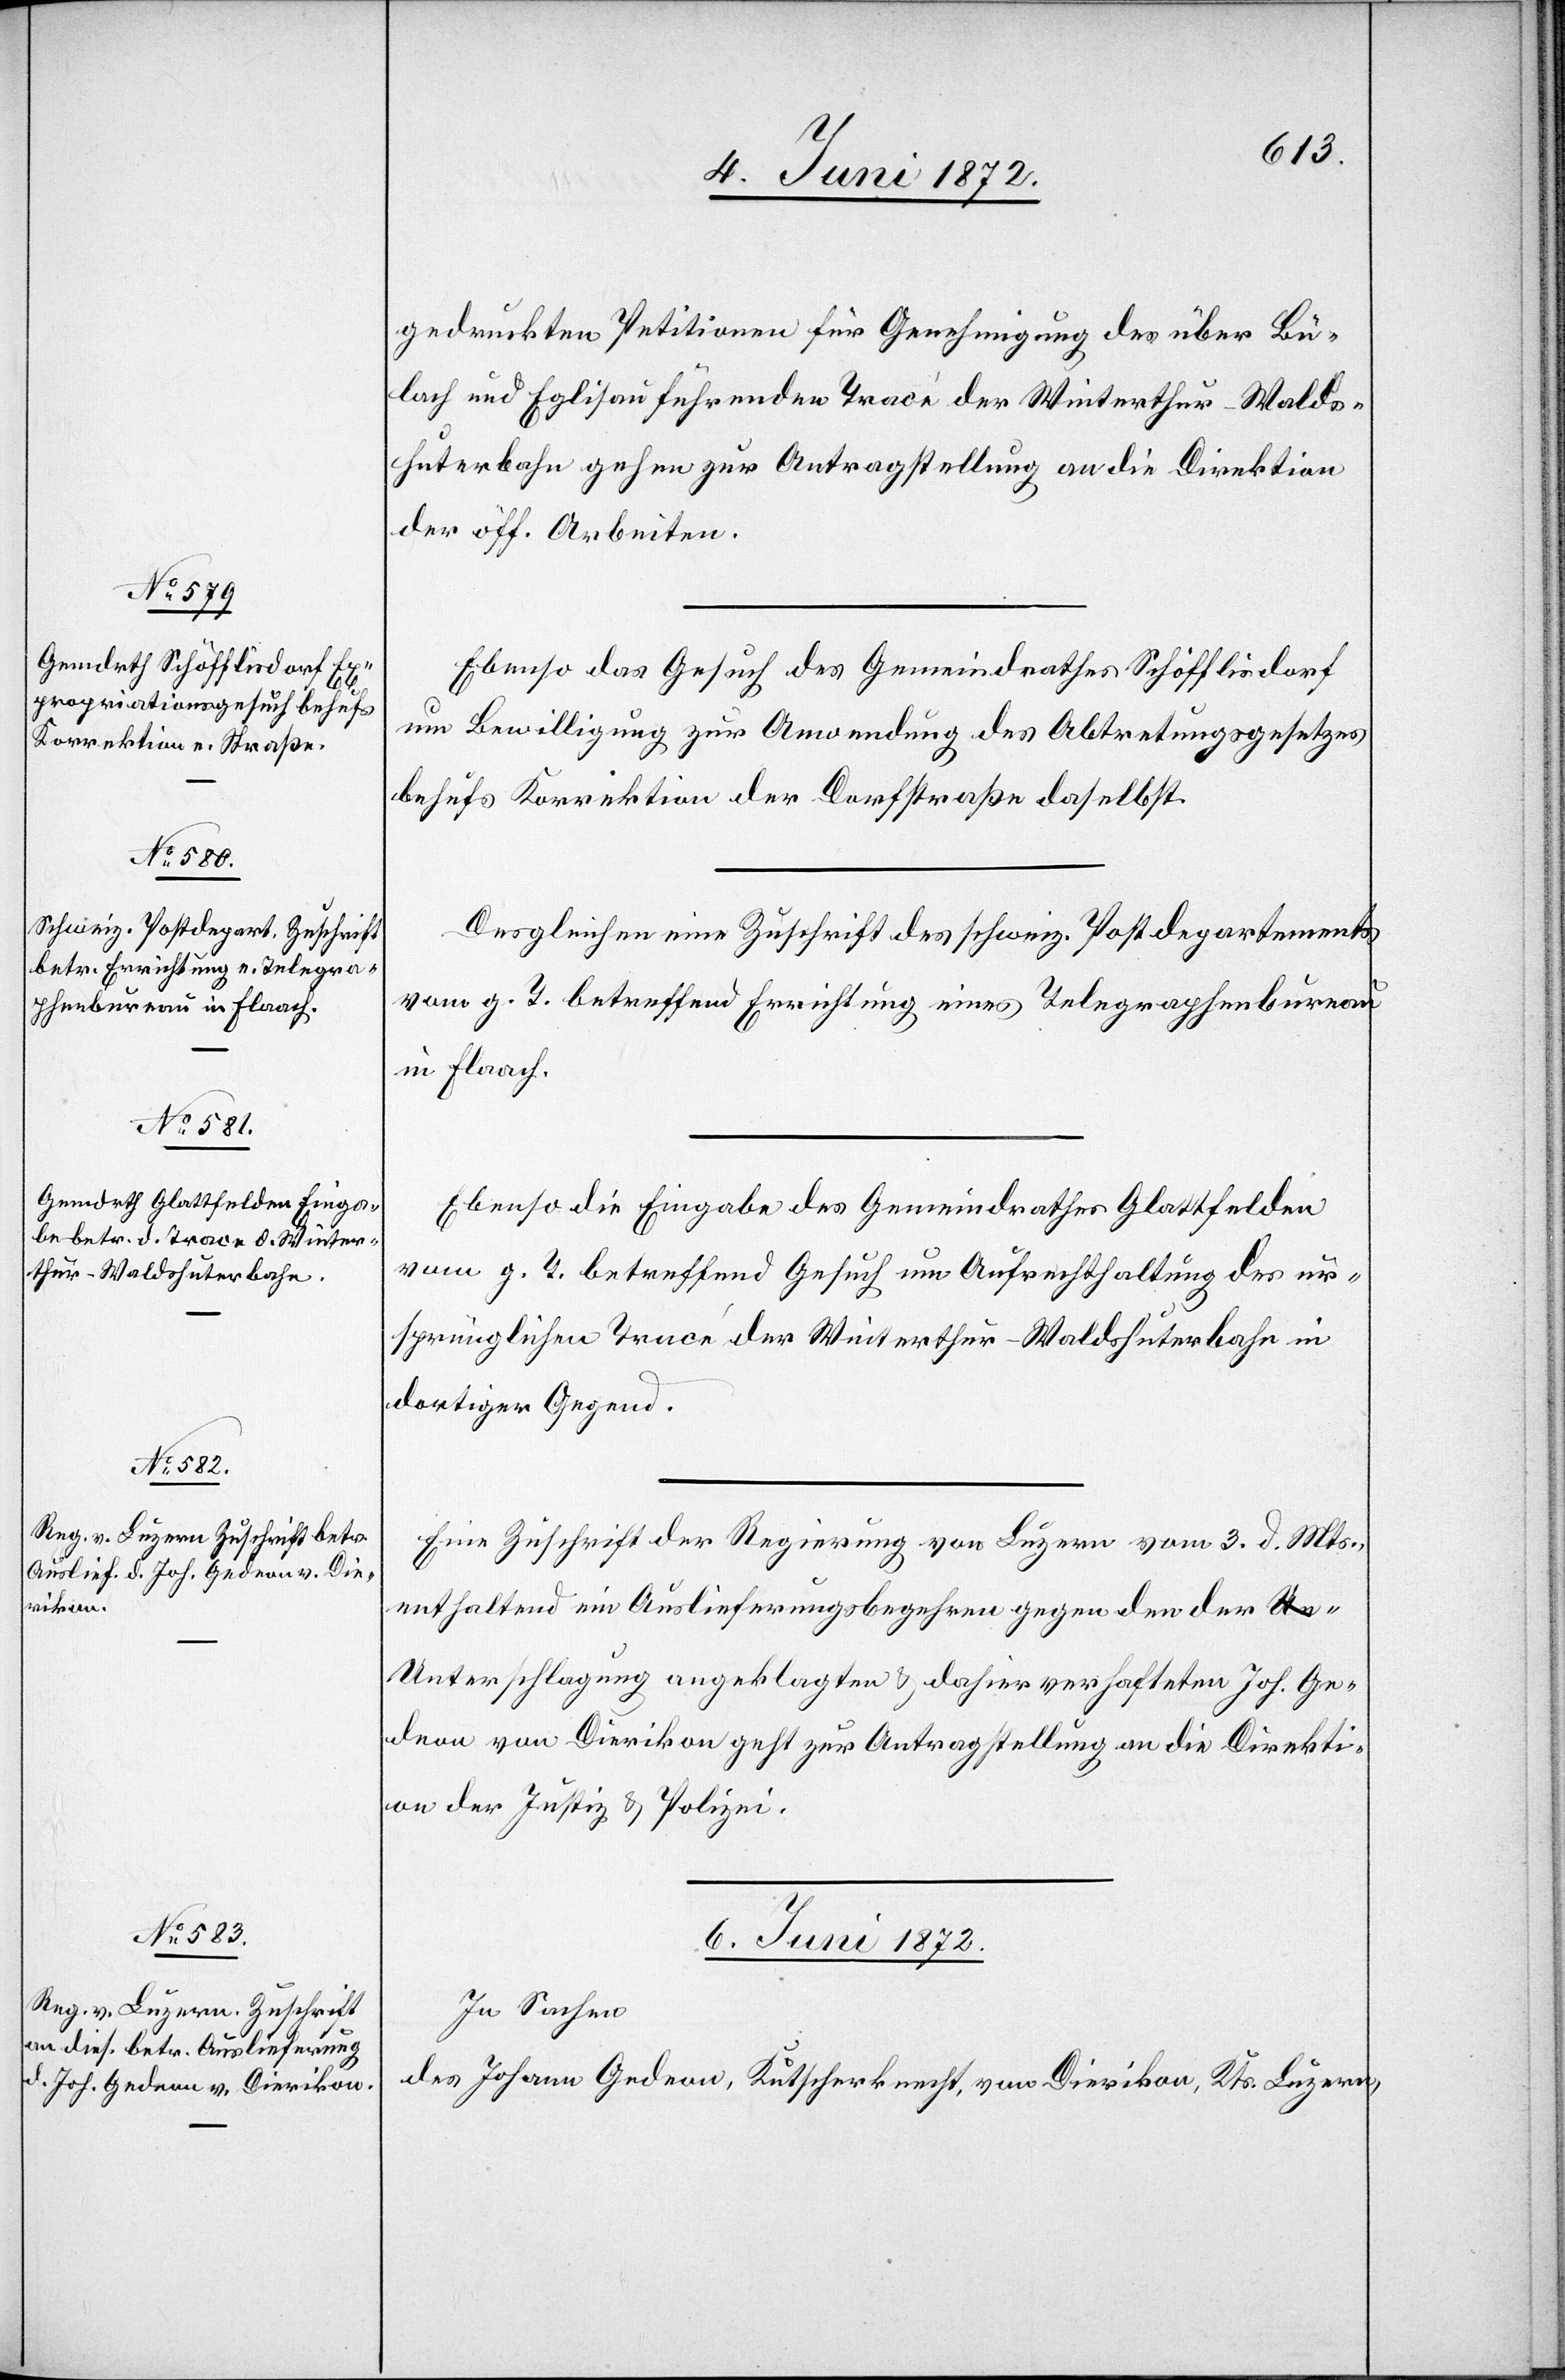
5. Juni 1872.]
gedruckten Petitionen für Genehmigung des über Bü¬
lach und Eglisau führenden Tracé der Winterthur–Walds¬
huterbahn gehen zur Antragstellung an die Direktion
der öff. Arbeiten.
Ebenso das Gesuch des Gemeindrathes Schöfflisdorf
um Bewilligung zur Anwendung des Abtretungsgesetzes
behufs Korrektion der Dorfstraße daselbst.
Desgleichen eine Zuschrift des schweiz. Postdepartements
vom g. T. betreffend Errichtung eines Telegraphenbureau
in Flaach.
Ebenso die Eingabe des Gemeindrathes Glattfelden
vom g. T. betreffend Gesuch um Aufrechthaltung des ur¬
sprünglichen Tracé der Winterthur–Waldshuterbahn in
dortiger Gegend.
Eine Zuschrift der Regierung von Luzern vom 3. d. Mts.,
enthaltend ein Auslieferungsbegehren gegen den der U¬
nterschlagung angeklagten u. dahier verhafteten Joh. Ge¬
deon von Dierikon geht zur Antragstellung an die Direkti¬
on der Justiz u. Polizei.
6. Juni 1872.]
In Sachen
des Johann Gedeon, Kutscherknecht, von Dierikon, Kts. Luzern,